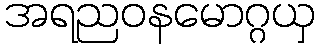
အရညဝနမောဂ္ဂယှ